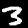
Digit: 3